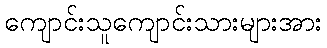
ကျောင်းသူကျောင်းသားများအား